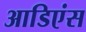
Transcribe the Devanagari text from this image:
आडिएंस